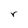
Character: r